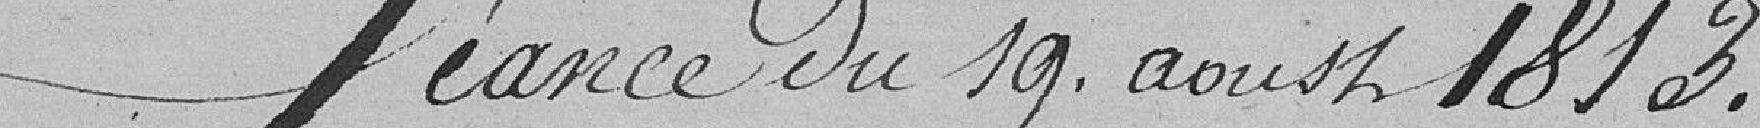
Séance du 19 aoust 1813.